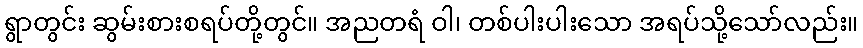
ရွာတွင်း ဆွမ်းစားစရပ်တို့တွင်။ အညတရံ ဝါ၊ တစ်ပါးပါးသော အရပ်သို့သော်လည်း။